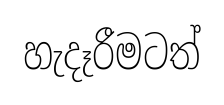
හැදෑරීමටත්